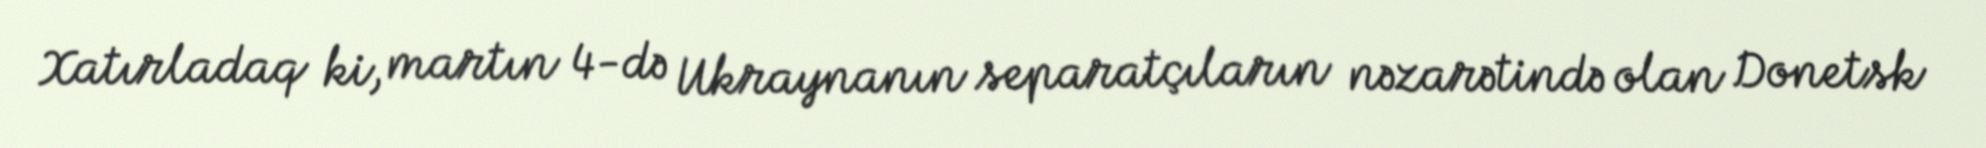
Xatırladaq ki, martın 4-də Ukraynanın separatçıların nəzarətində olan Donetsk